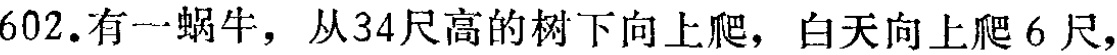
602. 有一蜗牛，从34尺高的树下向上爬，白天向上爬 6 尺，